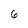
Character: 6